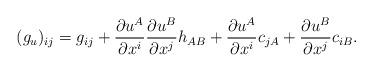
LaTeX: \begin{align*} (g_u)_{ij}=g_{ij}+\frac{\partial u^A}{\partial x^i}\frac{\partial u^B}{\partial x^j}h_{AB}+\frac{\partial u^A}{\partial x^i} c_{jA}+\frac{\partial u^B}{\partial x^j} c_{iB}.\end{align*}